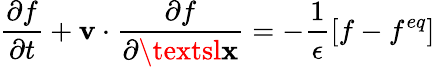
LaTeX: \frac{\partial f}{\partial t}+\textbf{v}\cdot\frac{\partial f}{\partial\textsl{\textbf{x}}}=-\frac{1}{\epsilon}\left[f-f^{eq}\right]